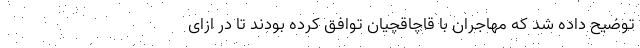
توضیح داده شد که مهاجران با قاچاقچیان توافق کرده بودند تا در ازای